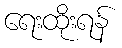
ရေးထိုးရန်